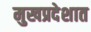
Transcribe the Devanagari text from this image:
मुखप्रदेशात